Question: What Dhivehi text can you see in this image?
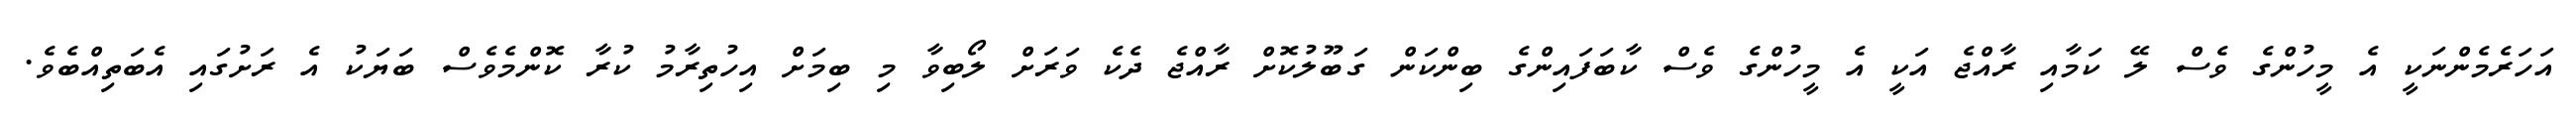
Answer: އަހަރެމެންނަކީ އެ މީހުންގެ ވެސް ލޭ ކަމާއި ރާއްޖެ އަކީ އެ މީހުންގެ ވެސް ކާބަފައިންގެ ބިންކަން ގަބޫލުކޮށް ރާއްޖެ ދެކެ ވަރަށް ލޯބިވާ މި ބިމަށް އިހުތިރާމު ކުރާ ކޮންމެވެސް ބަޔަކު އެ ރަށުގައި އެބަތިއްބެވެ.